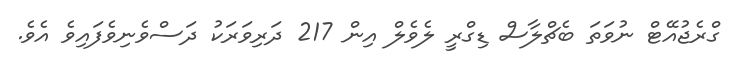
ގްރެޖުއޭޓް ނުވަތަ ބެޗްލާސް ޑިގްރީ ލެވެލް އިން 217 ދަރިވަރަކު ދަސްވެނިވެފައިވެ އެވެ.